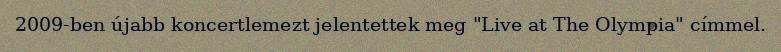
2009-ben újabb koncertlemezt jelentettek meg "Live at The Olympia" címmel.